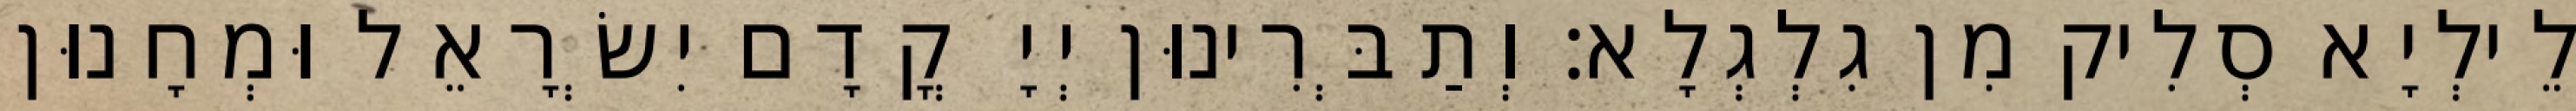
לֵילְיָא סְלִיק מִן גִלְגְלָא׃ וְתַבְּרִינוּן יְיָ קֳדָם יִשְׂרָאֵל וּמְחָנוּן